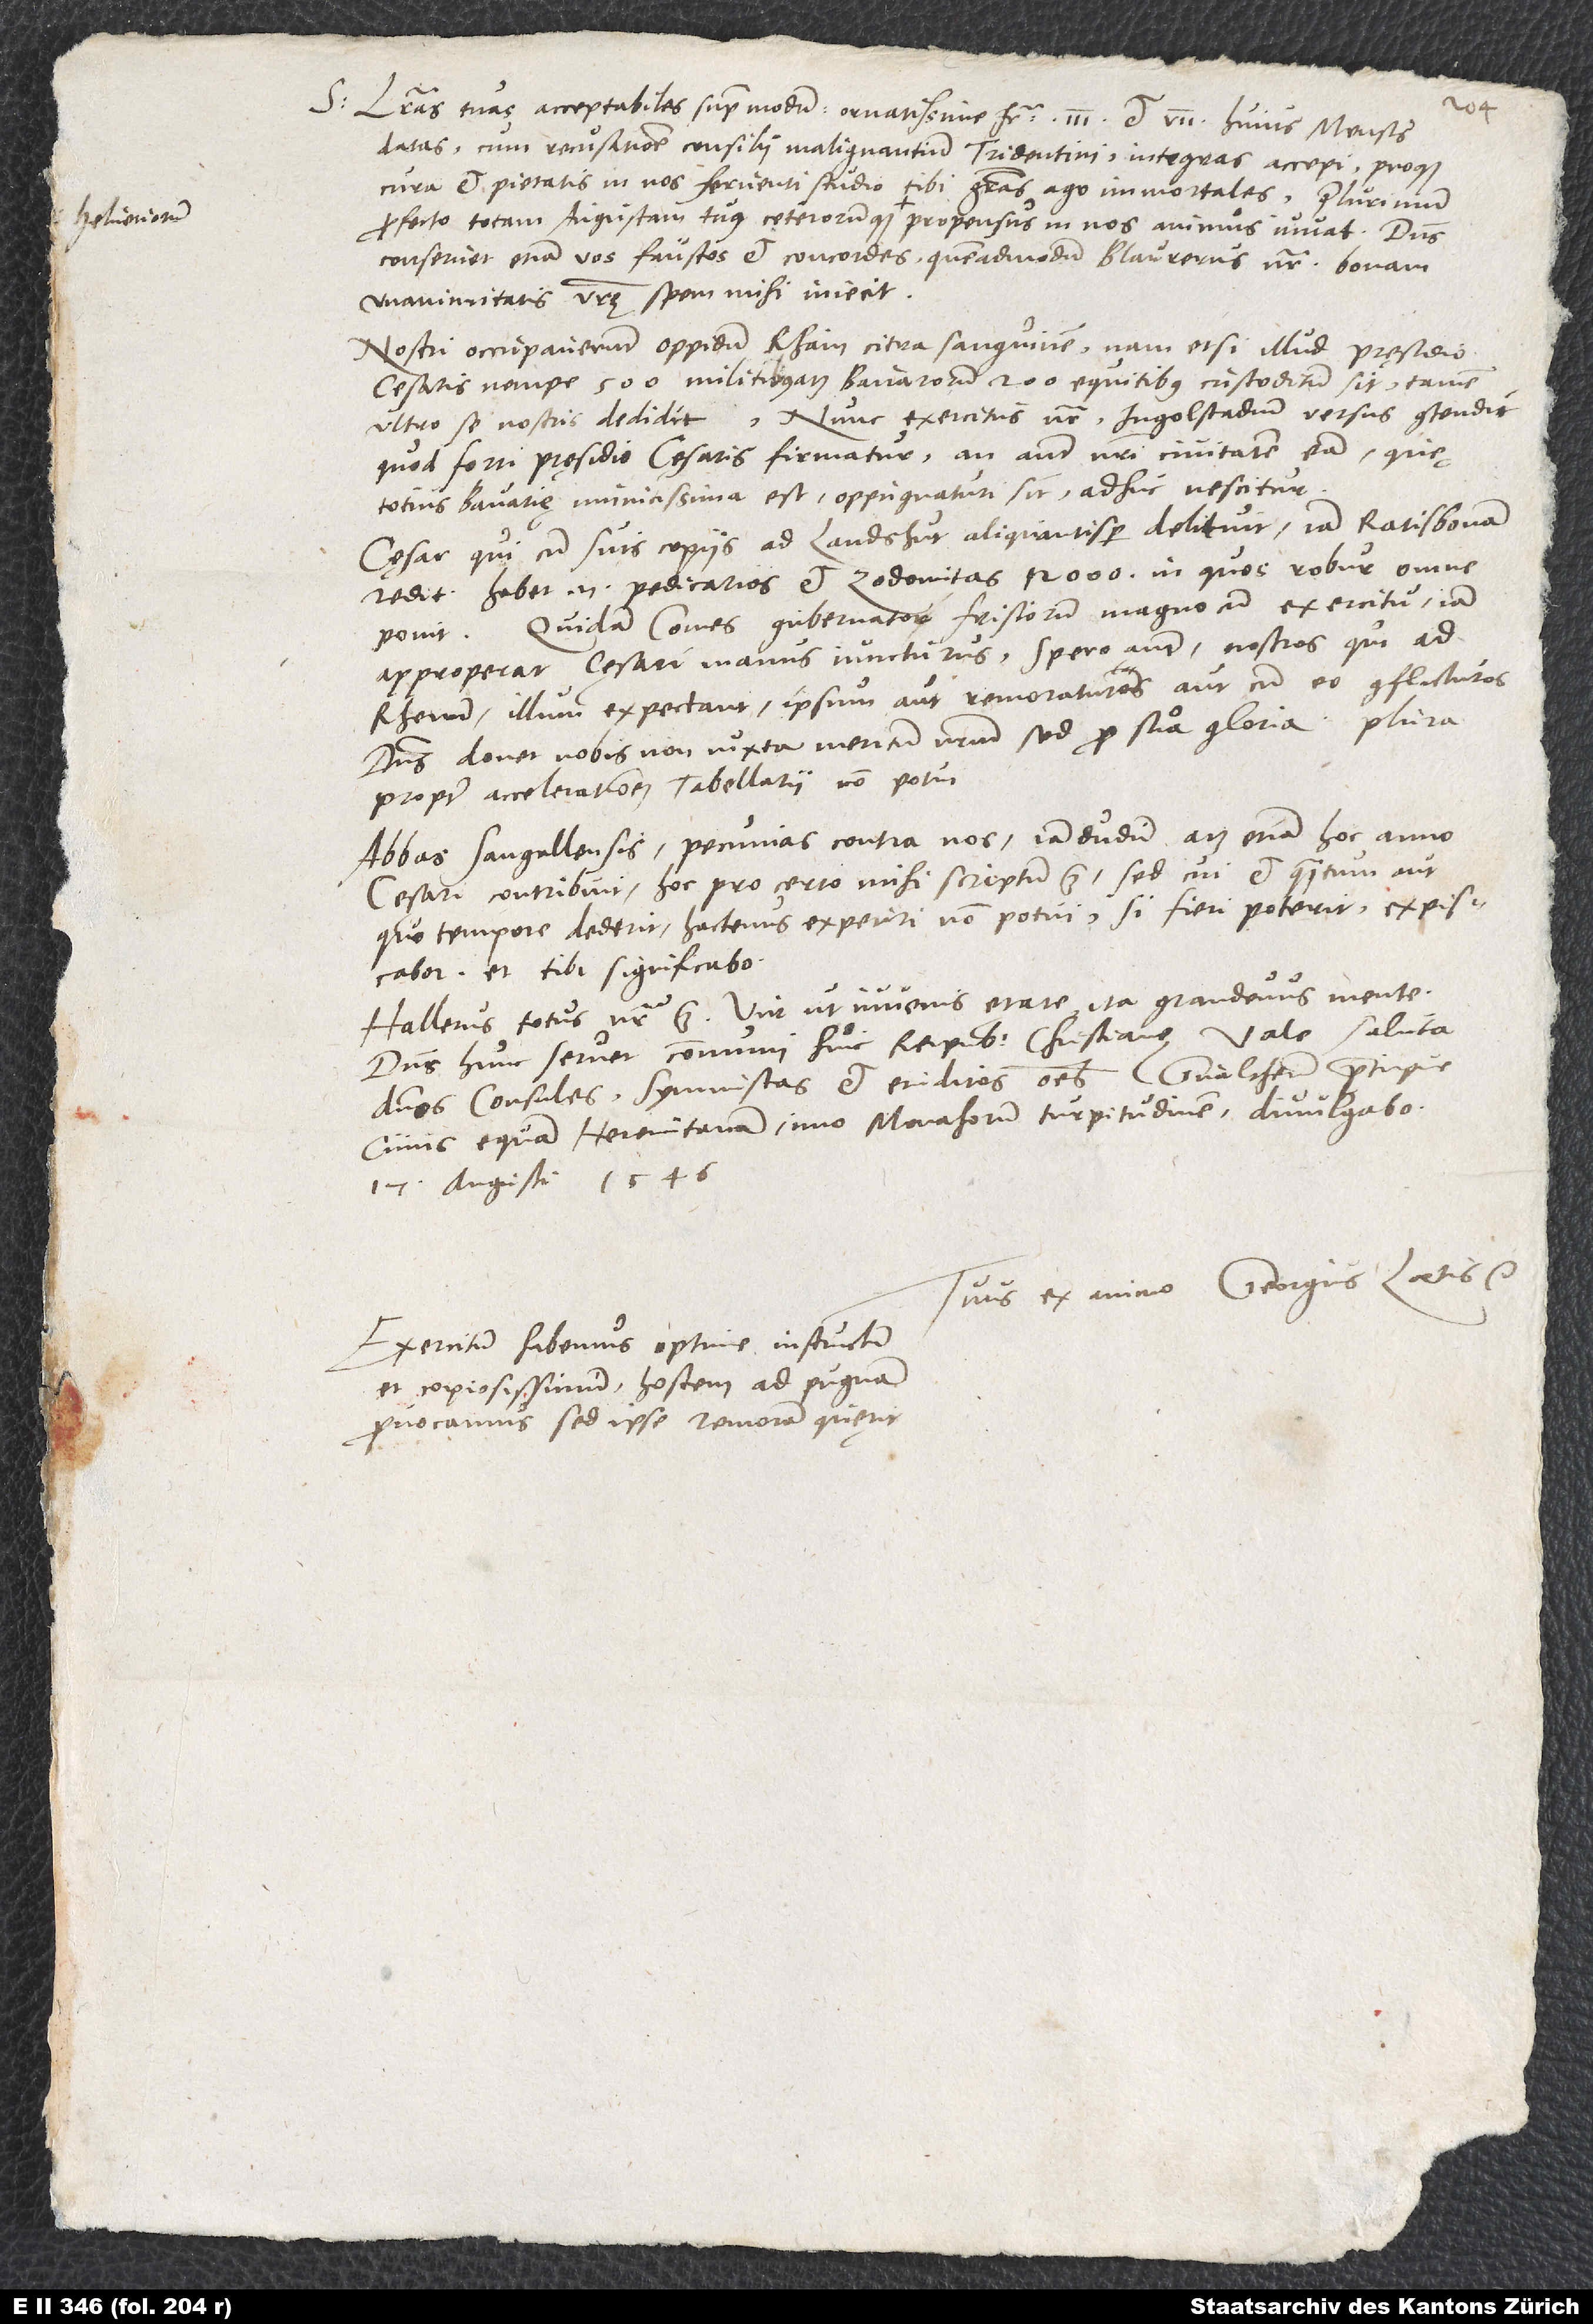
Helvetiorum

S. Literas tuas acceptabiles supra modum, ornatissime frater, 3. et 7. huius mensis
datas, cum recusatione consilii malignantium Tridentini, integras accepi, proque
cura et pietatis in nos ferventi studio tibi gratias ago immortales. Plurimum
conservet etiam vos faustos et concordes, quemadmodum Blaurerus noster bonam
unanimitatis vestrę spem mihi iniecit.
Nostri occupaverunt oppidum Rhain citra sanguinem. Nam etsi illud pręsidio
cesaris, nempe 500 militibus atque Bavarorum 200 equitibus, custoditum sit, tamen
ultro se nostris dedidit. Nunc exercitus noster Ingolstadium versus contendit,
quod forti pręsidio cęsaris firmatur. An autem nostri civitatem eam, quę
totius Bavarię munitissima est, oppugnaturi sint, adhuc nescitur.
Cęsar, qui cum suis copiis ad Landshut aliquantisper delituit, iam Ratisbonam
redit. Habet enim pedicarios et zodomitas 12’000, in quos robur omne
Quidam comes, gubernator Frisiorum, magno cum exercitu iam
ponit.
approperat cęsari manus iuncturus. Spero autem nostros, qui ad
Rhenum illum expectant, ipsum aut remoraturos aut cum eo conflicturos.
Dominus donet nobis non iuxta meritum nostrum, sed pro sua gloria! Plura
propter accelerationem tabellarii non potui.
Abbas Sangallensis pecunias contra nos iamdudum atque etiam hoc anno
cęsari contribuit. Hoc pro certo mihi scriptum est, sed cui et quantum aut
quo tempore dederit, hactenus experiri non potui. Si fieri poterit, expiscabor
Hallerus totus noster est, vir ut iuvenis etate ita grandevus mente.
dominos consules, symmistas et eruditos omnes, Gvaltherum praecipue,
cuius equam Heremitanam, imo monachorum turpitudinem, divulgabo.
17. augusti 1546.
Tuus ex animo Georgius Laetus, etc.
Exercitum habemus optime instructum
et copiosissimum. Hostem ad pugnam
provocamus, sed ipse remoram quęrit.